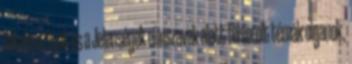
Alkalmazások és a Jelenségek címszavak alatt felsorolt témák olyanok,